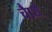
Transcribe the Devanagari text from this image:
चाैथे